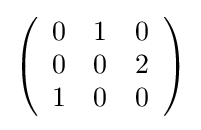
{\textstyle \left({\begin{array}{rrr}0&1&0\\0&0&2\\1&0&0\\\end{array}}\right)}